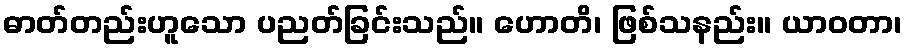
ဓာတ်တည်းဟူသော ပညတ်ခြင်းသည်။ ဟောတိ၊ ဖြစ်သနည်း။ ယာဝတာ၊